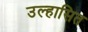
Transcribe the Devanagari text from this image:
उल्हासित